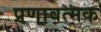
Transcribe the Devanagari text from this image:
प्रणावत्मक